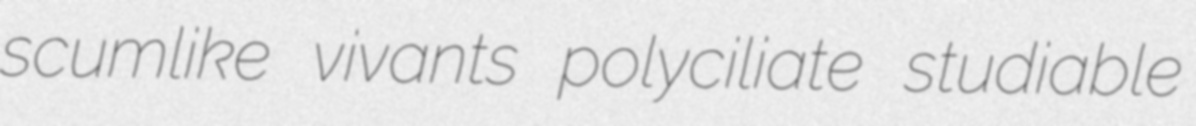
scumlike vivants polyciliate studiable